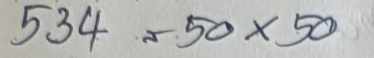
534 = 50x50